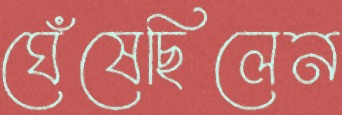
ঘেঁষেছিলেন